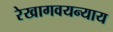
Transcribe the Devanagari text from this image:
रेखागवयन्याय